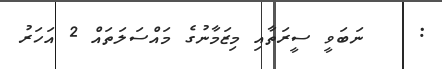
:    ނަބަވީ ސީރަތާއި މިޒަމާނުގެ މައްސަލަތައް 2 އަހަރު